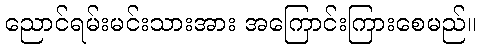
ညောင်ရမ်းမင်းသားအား အကြောင်းကြားစေမည်။